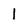
Character: l